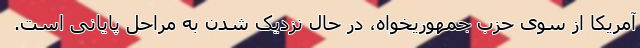
آمریکا از سوی حزب جمهوریخواه، در حال نزدیک شدن به مراحل پایانی است.